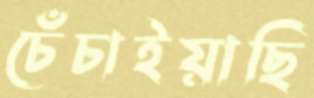
চেঁচাইয়াছি